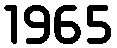
1965